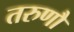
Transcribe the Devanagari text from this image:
तरुणौ